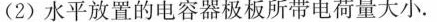
(2)水平放置的电容器极板所带电荷量大小。